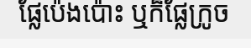
ផ្លែប៉េងប៉ោះ ឬក៏ផ្លែក្រូច